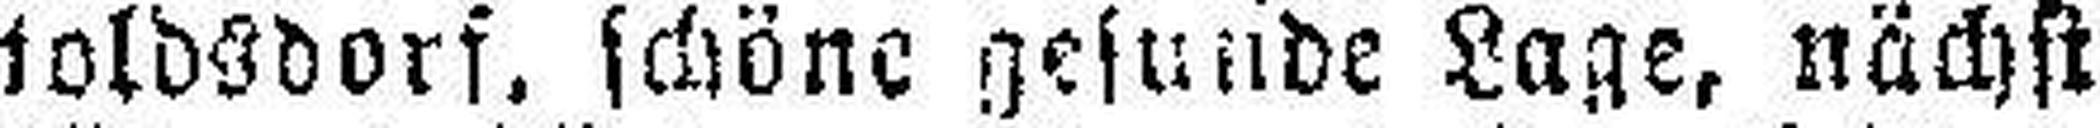
toldsdorf. schöne gesunde Lage, nächst